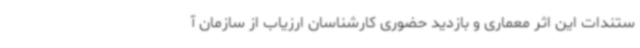
ستندات این اثر معماری و بازدید حضوری کارشناسان ارزیاب از سازمان آ